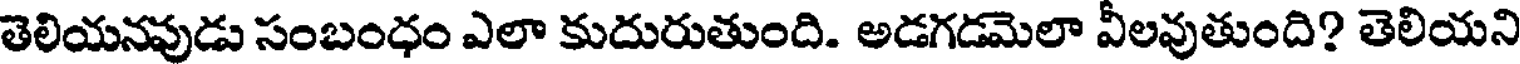
తెలియనవుడు సంబంధం ఎలా కుదురుతుంది. అడగడమెలా వీలవుతుంది? తెలియని